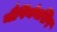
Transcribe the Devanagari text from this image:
चैंपियंनशिप